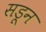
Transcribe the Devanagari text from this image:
सडून